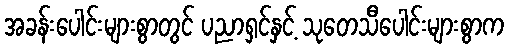
အခန်းပေါင်းများစွာတွင် ပညာရှင်နှင့် သုတေသီပေါင်းများစွာက